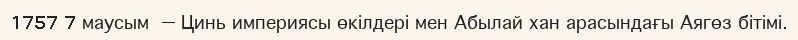
1757 7 маусым — Цинь империясы өкілдері мен Абылай хан арасындағы Аягөз бітімі.